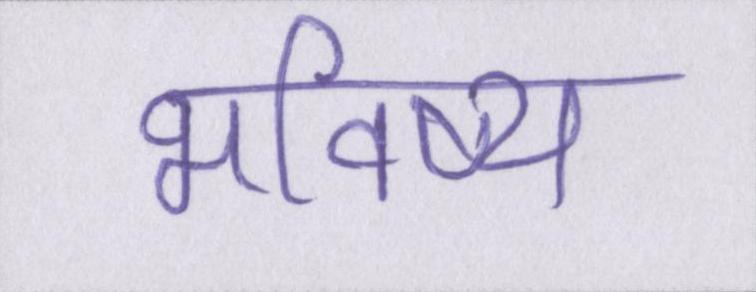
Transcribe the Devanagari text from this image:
भविष्य